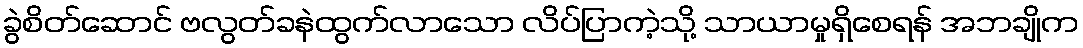
ခွဲစိတ်ဆောင် ဗလွတ်ခနဲထွက်လာသော လိပ်ပြာကဲ့သို့ သာယာမှုရှိစေရန် အဘချိုက